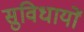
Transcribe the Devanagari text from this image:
सुविधायों